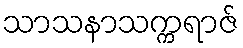
သာသနာသက္ကရာဇ်